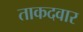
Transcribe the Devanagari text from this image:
ताकदवार